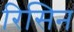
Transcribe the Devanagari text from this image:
रिसिन